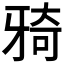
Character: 𤘌